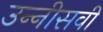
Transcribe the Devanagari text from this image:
उन्‍नीसवी